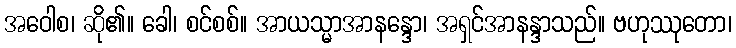
အဝေါစ၊ ဆို၏။ ခေါ၊ စင်စစ်။ အာယသ္မာအာနန္ဒော၊ အရှင်အာနန္ဒာသည်။ ဗဟုဿုတော၊